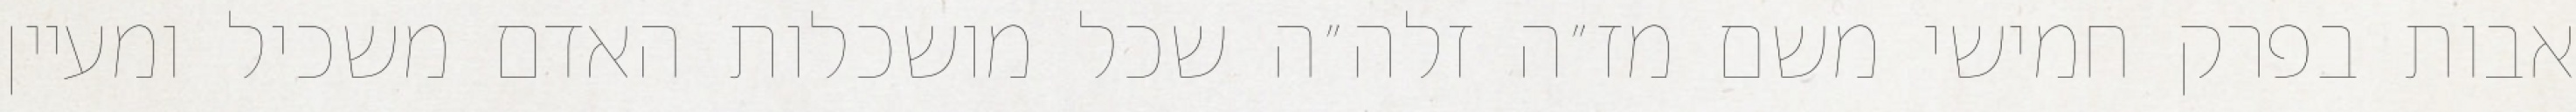
אבות בפרק חמישי משם מז״ה זלה״ה שכל מושכלות האדם משכיל ומעיין